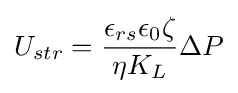
U_{str}={\frac {\epsilon _{rs}\epsilon _{0}\zeta }{\eta K_{L}}}\Delta P